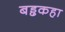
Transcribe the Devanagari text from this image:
बड्ढकहा